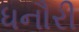
ધનૌરી